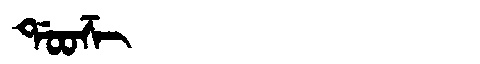
Manchu: ᡩᠣᠣᡯᡳ
Romanization: DOODZI